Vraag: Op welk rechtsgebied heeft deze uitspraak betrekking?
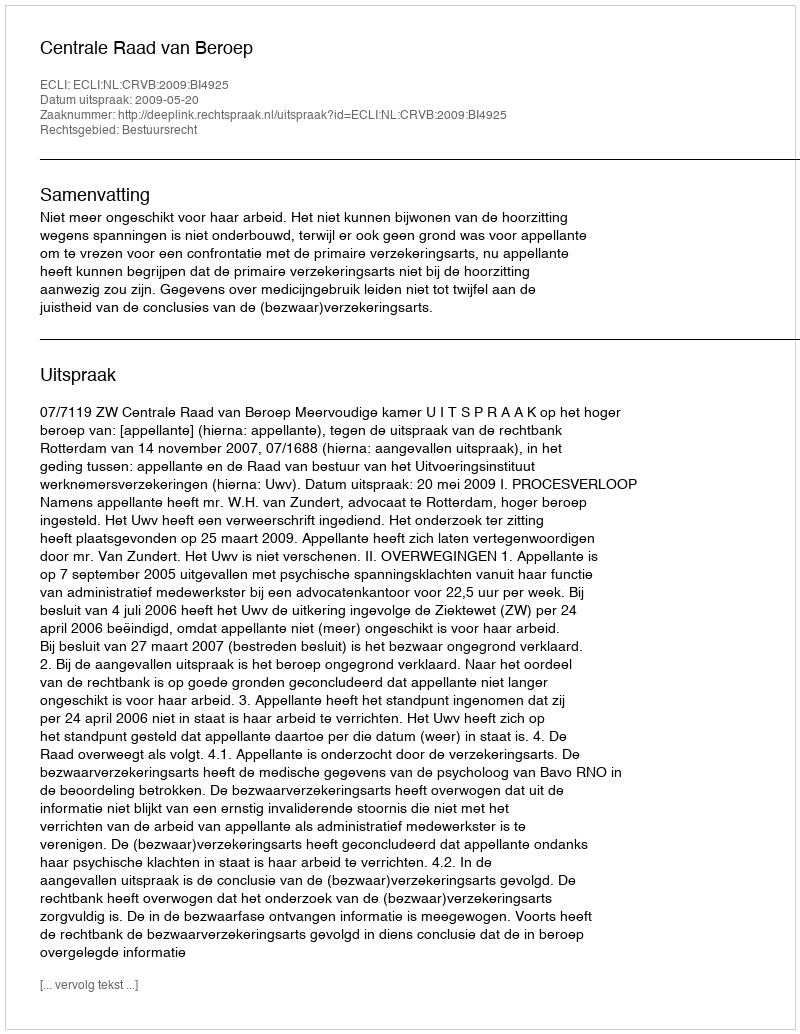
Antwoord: Bestuursrecht